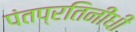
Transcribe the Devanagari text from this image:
पंतप्रतिनीधी